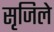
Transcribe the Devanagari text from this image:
सृजिले